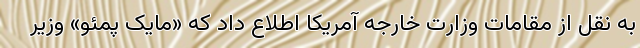
به نقل از مقامات وزارت خارجه آمریکا اطلاع داد که «مایک پمئو» وزیر